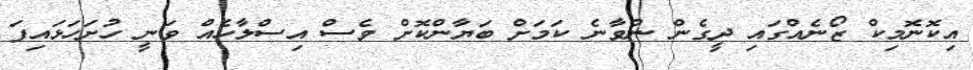
އިކޮނޮމިކް ޒޯނެއްގައި ދީގެން ނުވާނެ ކަމަށް ބަޔާންކޮށް ވެސް އިސްލާހެއް ވަނީ ހުށަހަޅައިފަ